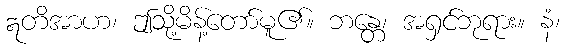
ဣတိအာဟ၊ ဤသို့မိန့်တော်မူ၏။ ဘန္တေ၊ အရှင်ဘုရား။ နံ၊